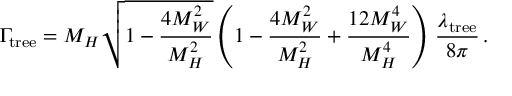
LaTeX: \Gamma _ { \mathrm { t r e e } } = M _ { H } \sqrt { 1 - \frac { 4 M _ { W } ^ { 2 } } { M _ { H } ^ { 2 } } } \left( 1 - \frac { 4 M _ { W } ^ { 2 } } { M _ { H } ^ { 2 } } + \frac { 1 2 M _ { W } ^ { 4 } } { M _ { H } ^ { 4 } } \right) \, \frac { \lambda _ { \mathrm { t r e e } } } { 8 \pi } \, .